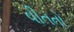
વીતતો